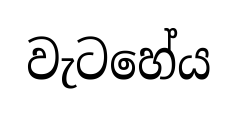
වැටහේය